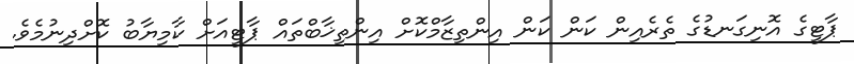
ޕާޓީގެ އޮނިގަނޑުގެ ތެރެއިން ކަން ކަން އިންތިޒާމްކޮށް އިންތިޚާބްތައް ޕާޓީއަށް ކާމިޔާބު ކޮށްދިނުމެވެ.